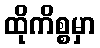
ထိုကိစ္စမှာ